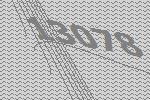
13078